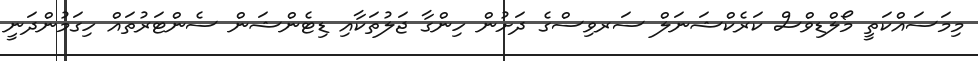
މިމަސައްކަތީ މޯލްޑިވްސް ކަރެކްޝަނަލް ސަރވިސްގެ ދަށުން ހިންގާ ޖަލުތަކާއި ޑިޓެންޝަން ސެންޓަރުތައް ހިގަމުންދަނީ